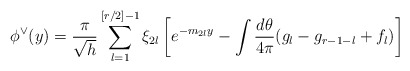
\begin{align*}\phi ^{\vee }(y)=\frac{\pi }{\sqrt{h}}\sum_{l=1}^{[r/2]-1}\xi _{2l}\left[e^{-m_{2l}y}-\int \frac{d\theta }{4\pi }(g_{l}-g_{r-1-l}+f_{l})\right]\end{align*}